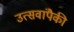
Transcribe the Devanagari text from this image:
उत्सवांपैकी